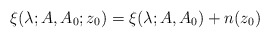
\begin{align*} \xi(\lambda; A,A_0; z_0) = \xi(\lambda; A,A_0) + n(z_0) \, \end{align*}